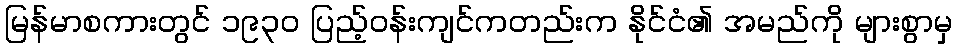
မြန်မာစကားတွင် ၁၉၃၀ ပြည့်ဝန်းကျင်ကတည်းက နိုင်ငံ၏ အမည်ကို များစွာမှ